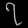
Digit: ၇